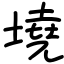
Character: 墝